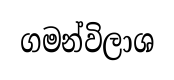
ගමන්විලාශ